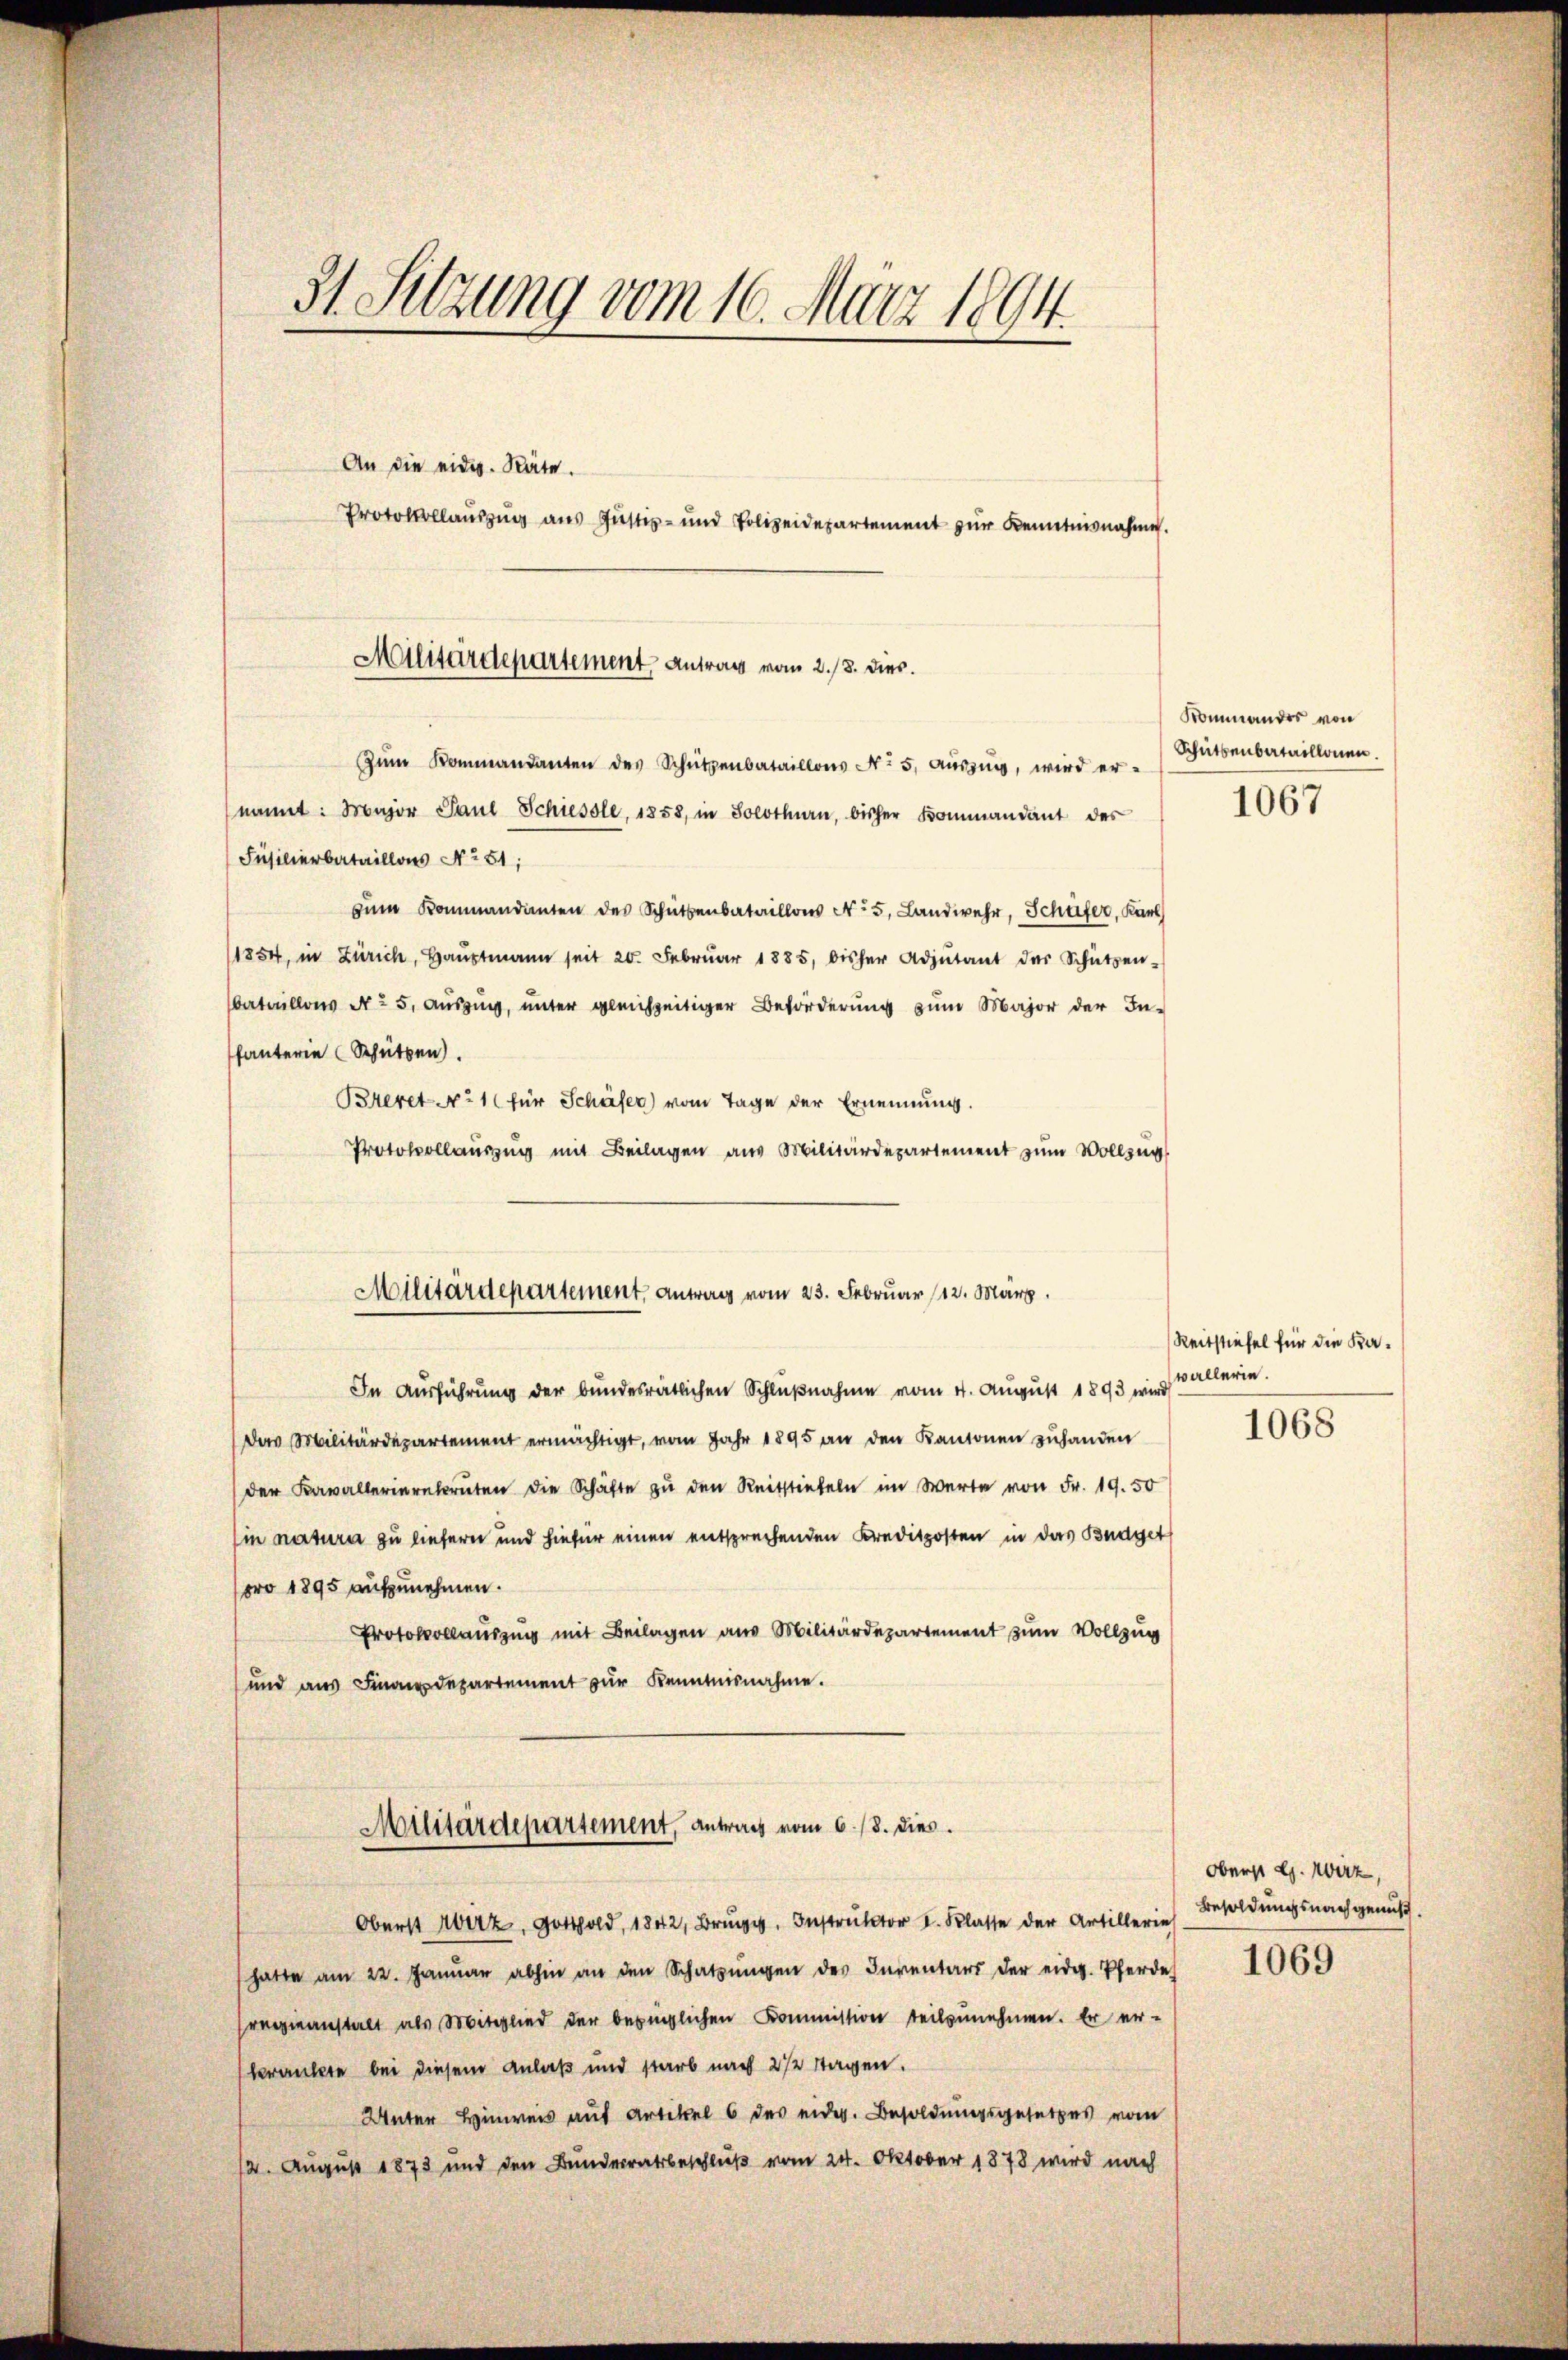
31. Sitzung vom 16. März 1894.

An die eidg. Räte.
zŭm Kommandanten des Schützenbataillons No 5. aŭszŭg, wird er-
nannt: Major Paul Schiessle, 1858, in Solothurn, bisher Kommandant des
Füsilierbataillons No 51;
zŭm Kommandanten des Schüttenbataillons No. 5. Landwehr, Schüfer, Karl
1854, in Zürich, Haŭptmann seit 20. Febrŭar 1885, bisher Adjutant des Schützen-
bataillons No 5. Auszug, unter gleichzeitiger Beförderung zum Major der In-
fanterie Schützen.
Brevet No 1 (für Schäfer) vom Tage der Ernennung.
Protokollauszug mit Beilagen aus Militärdepartement zum Vollzug
In Ausführung der bundesrätlichen Schlußnahme vom 4. August 1893 wird allerin.
Das Militärdepartement ermächtigt, vom Jahr 1895 an den Kantonen zuhanden
der Kavallerierekruten die Schäfte zŭ den Reitstiefeln im Werte von Fr. 19. 50
Ein natura zu liefern und hiefür einen entsprechenden Kreditposten in das Budget
pro 1895 aufzunehmen.
Protokollauszug mit Beilagen aus Militärdepartement zum Vollzug
und aus Finanzdepartement zur Kenntnisnahme.
Militärdepartement, antrag vom 6./8. dies
Oberst Wirz, Gotthold, 1842, Brune. Instruktor I. Klasse der Artillerie
hatte am 22. Janŭar abhin an den Schatzŭngen des Inventars der eidg. Pferde
regieanstalt als Mitglied der bezüglichen Kommission teilzunehmen. Er er-
krankte bei diesem Anlaß und starb nach 22 tagen.
Unter Hinweis auf Artikel 6 des eider. Besoldungsgesetzes vom
12. August 1873 und den Bunderratsbeschluß vom 24. Oktober 1878 wird nach

Protokollauszug aus Justiz- und Polizeidepartement zur Kenntnisnahme.

Militärdepartement, Antrag vom 2./8. dies

Militärdepartement, antrag vom 23. Februar 112. März.

Kommandes von
Schüttenbataillonen.

1067

Reitstiefel für die Ka¬

1068

oberst d. Wirz,
Besoldungsnachgenuss.

1069